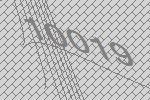
10019